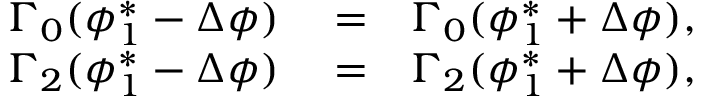
\begin{array} { r l r } { \Gamma _ { 0 } ( \phi _ { 1 } ^ { * } - \Delta \phi ) } & { { } = } & { \Gamma _ { 0 } ( \phi _ { 1 } ^ { * } + \Delta \phi ) , } \\ { \Gamma _ { 2 } ( \phi _ { 1 } ^ { * } - \Delta \phi ) } & { { } = } & { \Gamma _ { 2 } ( \phi _ { 1 } ^ { * } + \Delta \phi ) , } \end{array}